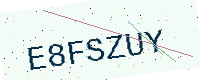
Text: E8FSZUY